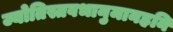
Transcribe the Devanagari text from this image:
ज्योतिस्तवभानुमानहनि